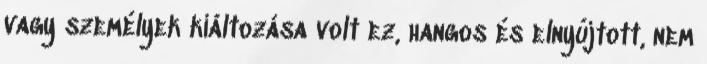
vagy személyek kiáltozása volt ez, hangos és elnyújtott, nem